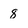
Character: 8